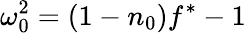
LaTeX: \omega_{0}^{2}=(1-n_{0})f^{\ast}-1